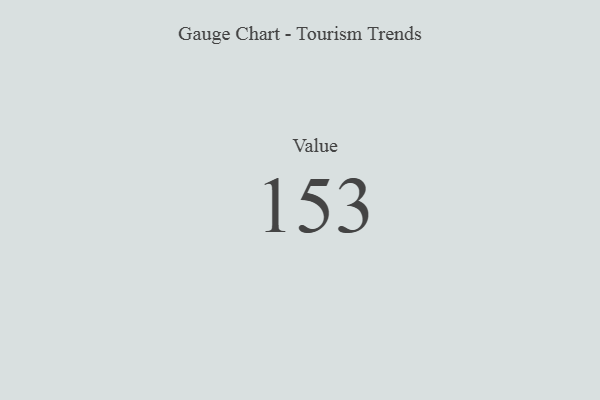
{"axis": {"x": "Metric", "y": "Value"}, "legend": [""], "data": [{"x": "Value", "y": 153, "type": ""}]}